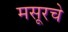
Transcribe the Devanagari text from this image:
मसूरचे